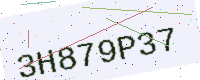
Text: 3H879P37